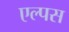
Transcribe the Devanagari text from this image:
एल्पस